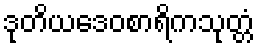
ဒုတိယဒေဝစာရိကသုတ္တံ